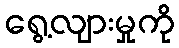
ရွေ့လျားမှုကို